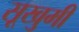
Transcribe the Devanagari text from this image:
सूखुमी